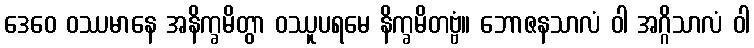
ဒေဝေ ဝဿမာနေ အနိက္ခမိတွာ ဝဿူပရမေ နိက္ခမိတဗ္ဗံ။ ဘောဇနသာလံ ဝါ အဂ္ဂိသာလံ ဝါ